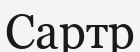
Сартр